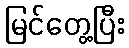
မြင်တွေ့ပြီး